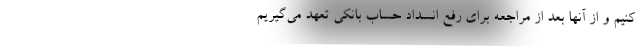
کنیم و از آنها بعد از مراجعه برای رفع انسداد حساب بانکی تعهد می‌گیریم